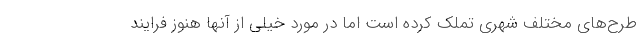
طرح‌های مختلف شهری تملک کرده است اما در مورد خیلی از آنها هنوز فرایند